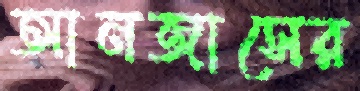
আনজাসের